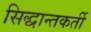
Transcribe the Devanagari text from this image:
सिद्धान्तकर्ती